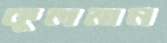
কুলমান